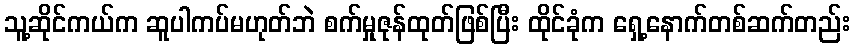
သူ့ဆိုင်ကယ်က ဆူပါကပ်မဟုတ်ဘဲ စက်မှုဇုန်ထုတ်ဖြစ်ပြီး ထိုင်ခုံက ရှေ့နောက်တစ်ဆက်တည်း